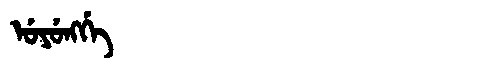
Manchu: ᡠᠶᡠᠩᡤᡝ
Romanization: UYUNGGE